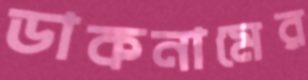
ডাকনামের